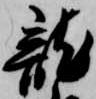
龍